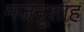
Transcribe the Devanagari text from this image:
मजनूशाह